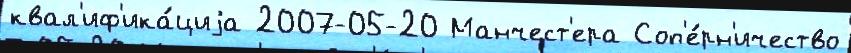
квал'иф'ика́циjа 2007-05-20 Манчест'ера Соп'е́рн'ичество